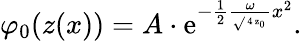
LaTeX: \varphi_{0}(z(x))=A\cdot\mathrm{e}^{-\frac{1}{2}\frac{{\omega}}{{\sqrt{}{{\mathrm{{\scriptsize~4~z_{0}~}}}}}}x^{2}}.